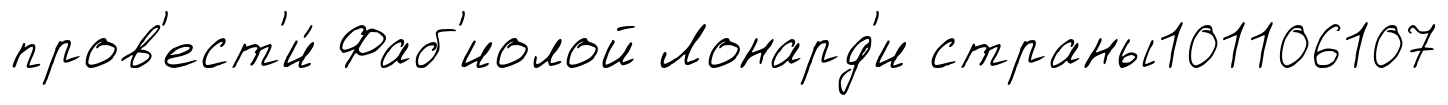
пров'ест'и́ Фаб'иолой Лонард'и страны101106107